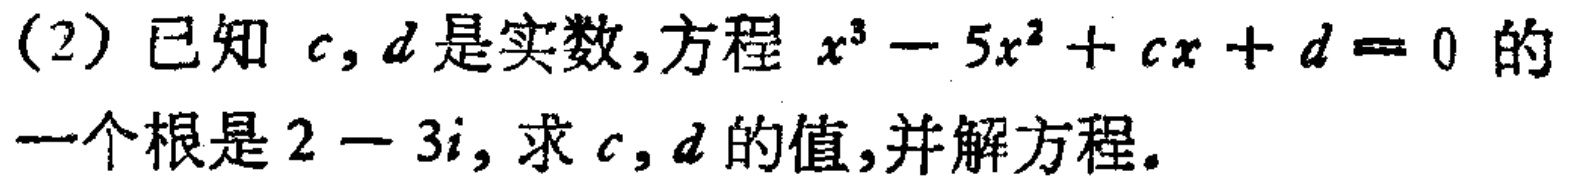
(2) 已知 \(c,d\) 是实数,方程 \(x^{3}-5x^{2}+cx + d = 0\) 的一个根是 \(2 - 3i\), 求 \(c,d\) 的值,并解方程。